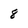
Character: 8